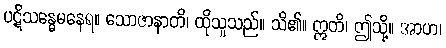
ပဋိသန္ဓေမနေရ။ သောဇာနာတိ၊ ထိုသူသည်။ သိ၏။ ဣတိ၊ ဤသို့။ အာဟ၊